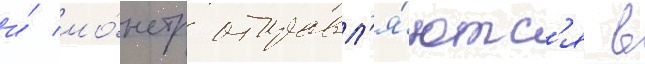
и́ мо́нстр отправл'я́ютс'я в